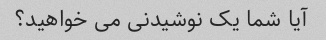
آیا شما یک نوشیدنی می خواهید؟